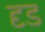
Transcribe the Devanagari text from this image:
दृड